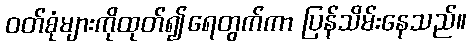
ဝတ်စုံများကိုထုတ်၍ရေတွက်ကာ ပြန်သိမ်းနေသည်။